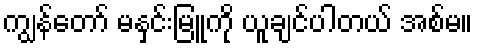
ကျွန်တော် မနှင်းမြူကို ယူချင်ပါတယ် အစ်မ။